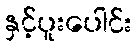
နှင့်ပူးပေါင်း